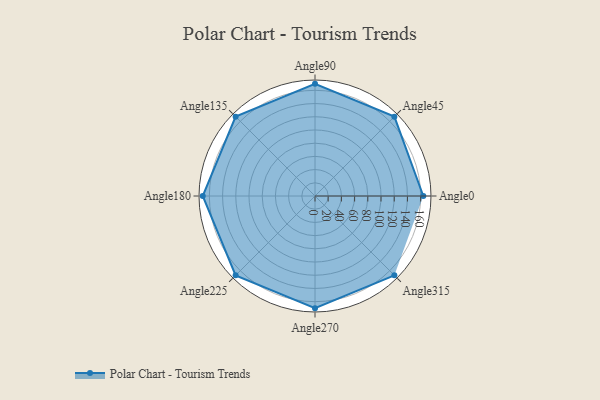
{"axis": {"x": "Angle", "y": "Radius"}, "legend": [""], "data": [{"x": "Angle0", "y": 164.0, "type": ""}, {"x": "Angle45", "y": 170, "type": ""}, {"x": "Angle90", "y": 170, "type": ""}, {"x": "Angle135", "y": 170, "type": ""}, {"x": "Angle180", "y": 170, "type": ""}, {"x": "Angle225", "y": 170, "type": ""}, {"x": "Angle270", "y": 170, "type": ""}, {"x": "Angle315", "y": 170, "type": ""}]}